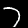
Digit: 7